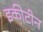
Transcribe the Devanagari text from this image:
इकीटीन